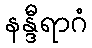
နန္ဒီရာဂံ